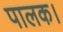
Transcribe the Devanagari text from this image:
पालक।